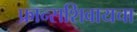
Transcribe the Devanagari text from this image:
फ्रान्सशिवायचा